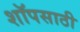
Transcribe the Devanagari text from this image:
शॉपसाठी